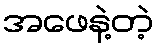
အဖေနဲ့တဲ့